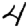
Digit: 4